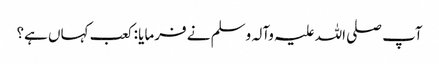
آپ صلی اللہ علیہ وآلہ وسلم نے فرمایا : کعب کہاں ہے؟